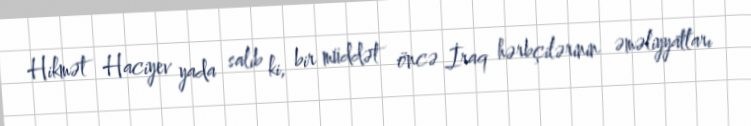
Hikmət Haciyev yada salıb ki, bir müddət öncə İraq hərbçilərinin əməliyyatları